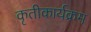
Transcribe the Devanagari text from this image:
कृतीकार्यक्रम